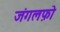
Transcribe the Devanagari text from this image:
जंगलफ़ो